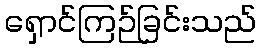
ရှောင်ကြဉ်ခြင်းသည်